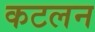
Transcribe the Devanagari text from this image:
कटलन